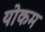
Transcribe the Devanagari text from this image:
योकम